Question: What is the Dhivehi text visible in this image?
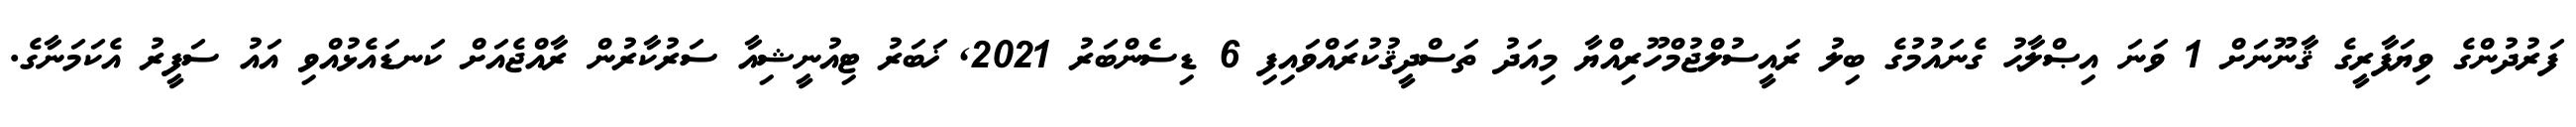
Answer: ފަރުދުންގެ ވިޔަފާރީގެ ޤާނޫނަށް 1 ވަނަ އިޞްލާޙު ގެނައުމުގެ ބިލު ރައީސުލްޖުމްހޫރިއްޔާ މިއަދު ތަސްދީޤުކުރައްވައިފި 6 ޑިސެންބަރު 2021, ޚަބަރު ޓިއުނީޝިއާ ސަރުކާރުން ރާއްޖެއަށް ކަނޑައެޅުއްވި އައު ސަފީރު އެކަމަނާގެ.